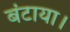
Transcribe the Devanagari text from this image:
बंटाया।